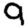
Digit: 9